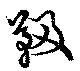
靸